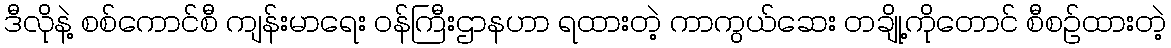
ဒီလိုနဲ့ စစ်ကောင်စီ ကျန်းမာရေး ဝန်ကြီးဌာနဟာ ရထားတဲ့ ကာကွယ်ဆေး တချို့ကိုတောင် စီစဉ်ထားတဲ့